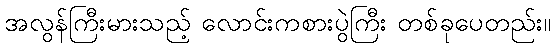
အလွန်ကြီးမားသည့် လောင်းကစားပွဲကြီး တစ်ခုပေတည်း။